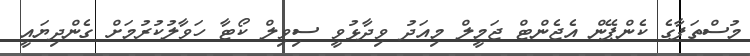
މުސްތަފާގެ ކެންޕޭން އެޖެންޓް ޖަމީލް މިއަދު ވިދާޅުވީ ސިވިލް ކޯޓާ ހަވާލުކުރުމަށް ގެންދިޔައީ